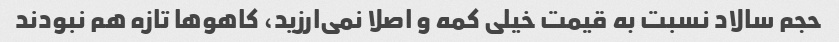
حجم سالاد نسبت به قیمت خیلی کمه و اصلا نمی‌ارزید، کاهو‌ها تازه هم نبودند